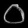
Digit: ၀